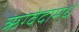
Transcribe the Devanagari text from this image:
ऋग्वेदामधे